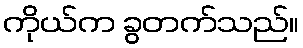
ကိုယ်က ခွတက်သည်။